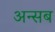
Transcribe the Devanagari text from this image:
अन्सब